Report of the Indian Hemp Drugs Commission, 1894-1895 - Volume VI
Year: 1894
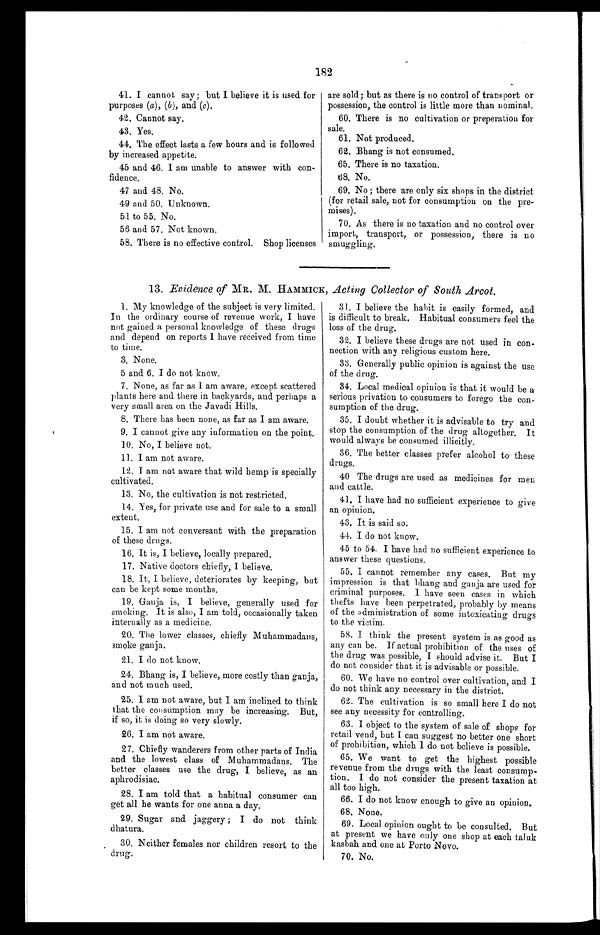
182
41. I cannot say; but I believe it is used for
purposes (a), (b), and (c).
42. Cannot say.
43. Yes.
44. The effect lasts a few hours and is followed
by increased appetite.
45 and 46. I am unable to answer with con-
fidence.
47 and 48. No.
49 and 50. Unknown.
51 to 55. No.
56 and 57. Not known.
58. There is no effective control. Shop licenses
are sold; but as there is no control of transport or
possession, the control is little more than nominal.
60. There is no cultivation or preperation for
sale.
61. Not produced.0
62. Bhang is not consumed.
65. There is no taxation.
68. No.
69. No ; there are only six shops in the district
(for retail sale, not for consumption on the pre-
mises).
70. As there is no taxation and no control over
import, transport, or possession, there is no
s m u g g l i n g .
13. Evidence of MR. M. HAMMICK, Acting Collector of South Arcot.
1. My knowledge of the subject is very limited.
In the ordinary course of revenue work, I have
not gained a personal knowledge of these drugs
and depend on reports I have received from time
to time.
3 . N o n e .
5 and 6. I do not know.
7. None, as far as I am aware, except scattered
plants here and there in backyards, and perhaps a
very small area on the Javadi Hills.
8. There has been none, as far as I am aware.
9. I cannot give any information on the point.
10. No, I believe not.
11. I am not aware.
12. I am not aware that wild hemp is specially
cultivated.
13. No, the cultivation is not restricted.
14. Yes, for private use and for sale to a small
extent.
15. I am not conversant with the preparation
of these drugs.
16. It is, I believe, locally prepared.
17. Native doctors chiefly, I believe.
18. It, I believe, deteriorates by keeping, but
can be kept some months.
19.
Ganja is, I believe, generally used for
smoking. It is also, I am told, occasionally taken
internally as a medicine.
20. The lower classes, chiefly Muhammadans,
smoke ganja.
21. I do not know.
24. Bhang is, I believe, more costly than ganja,
and not much used.
25. I am not aware, but I am inclined to think
that the consumption may be increasing. But,
if so, it is doing so very slowly.
26. I am not aware.
27. Chiefly wanderers from other parts of India
and the lowest class of Muhammadans. The
better classes use the drug, I believe, as an
aphrodisiac.
28. I am told that a habitual consumer can
get all he wants for one anna a day.
29. Sugar and jaggery ; I do not think
dhatura.
30. Neither females nor children resort to the
drug.
31. I believe the habit is easily formed, and
is difficult to break. Habitual consumers feel the
loss of the drug.
32. I believe these drugs are not used in con-
nection with any religious custom here.
33. Generally public opinion is against the use
of the drug.
34. Local medical opinion is that it would be a
serious privation to consumers to forego the con-
sumption of the drug.
35. I doubt whether it is advisable to try and
stop the consumption of the drug altogether. It
would always be consumed illicitly.
36. The better classes prefer alcohol to these
drugs.
40 The drugs are used as medicines for men
and cattle.
41. I have had no sufficient experience to give
an opinion.
43. It is said so.
44. I do not know.
45 to 54. I have had no sufficient experience to
answer these questions.
55. I cannot remember any cases. But my
impression is that bhang and ganja are used for
criminal purposes. I have seen cases in which
thefts have been perpetrated, probably by means
of the administration of some intoxicating drugs
to the victim.
58. I think the present system is as good as
any can be. If actual prohibition of the uses of
the drug was possible, I should advise it. But I
do not consider that it is advisable or possible.
60. We have no control over cultivation, and I
do not think any necessary in the district.
62. The cultivation is so small here I do not
see any necessity for controlling.
63. I object to the system of sale of shops for
retail vend, but I can suggest no better one short
of prohibition, which I do not believe is possible.
65. We want to get the highest possible
revenue from the drugs with the least consump-
tion. I do not consider the present taxation at
all too high.
66. I do not know enough to give an opinion.
68. None.
69. Local opinion ought to be consulted. But
at present we have only one shop at each taluk
kasbah and one at Porto Novo.
70. No.